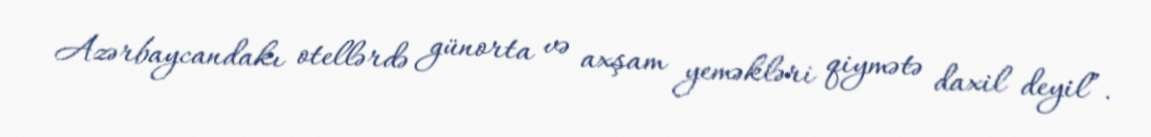
Azərbaycandakı otellərdə günorta və axşam yeməkləri qiymətə daxil deyil”.